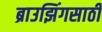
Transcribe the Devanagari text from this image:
ब्राउझिंगसाठी